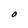
Character: O